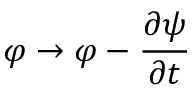
\varphi \rightarrow \varphi - { \frac { \partial { \psi } } { \partial t } }